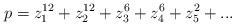
LaTeX: \begin{align*}p = z_{1}^{12} + z_{2}^{12} + z_{3}^{6} + z_{4}^{6} + z_{5}^{2} + ...\end{align*}